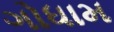
ગોધામ